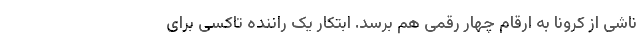
ناشی از کرونا به ارقام چهار رقمی هم برسد. ابتکار یک راننده تاکسی برای